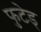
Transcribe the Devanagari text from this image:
फुटेड्